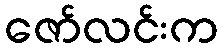
ဇော်လင်းက